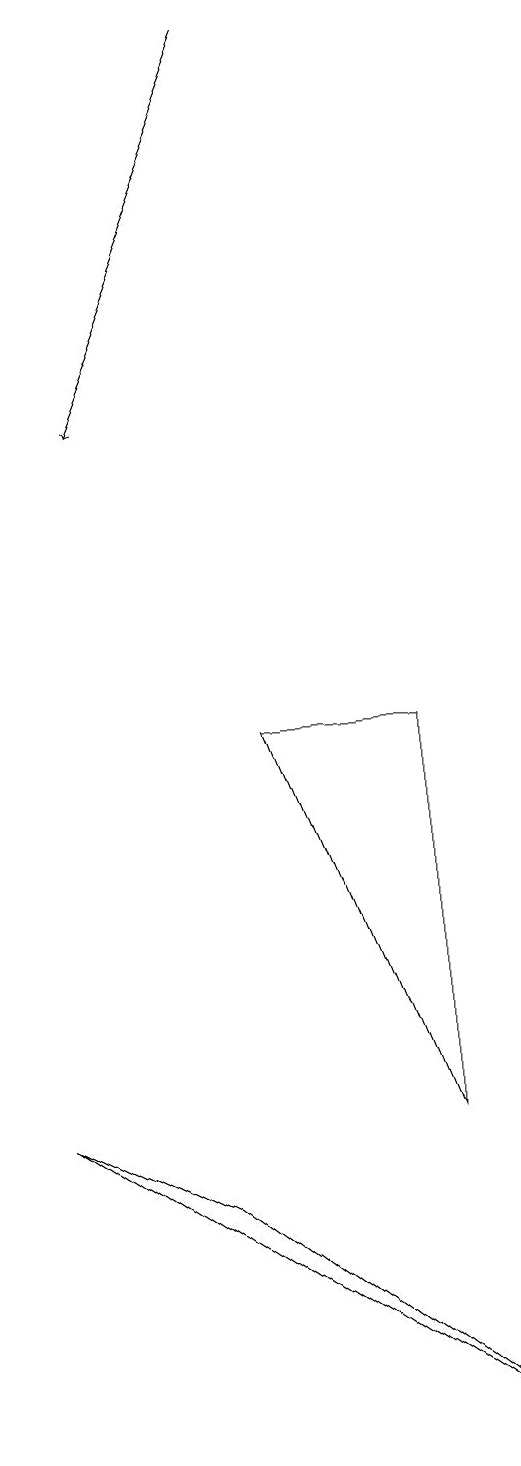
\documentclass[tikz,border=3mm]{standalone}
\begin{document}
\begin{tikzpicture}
\draw (9,0) -- (5,3) -- (3,4) -- cycle;
\draw[->] (6,18) -- (4,13);
\draw (8,9) -- (8,4) -- (6,9) -- cycle;
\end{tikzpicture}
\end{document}